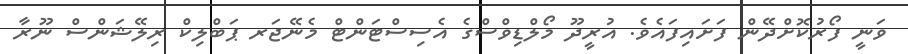
ވަނީ ފޯރުކޮށްދޭން ފަށައިފައެވެ. އުރީދޫ މޯލްޑިވްސްގެ އެސިސްޓަންޓް މެނޭޖަރ ޕަބްލިކް ރިލޭޝަންސް ނޫރާ